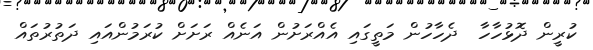
ކުރީން ދޮޅުހާހާ  ދެހާހުން މަތީގައި އެއްރަށުން އަނެއް ރަށަށް ކުރަމުންއައި ދަތުރުތައް